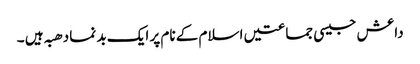
داعش جیسی جماعتیں اسلام کے نام پر ایک بد نما دھبہ ہیں ۔